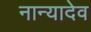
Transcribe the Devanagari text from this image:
नान्यादेव